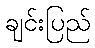
ချင်းပြည်